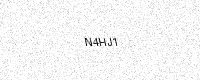
Text: N4HJ1